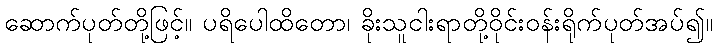
ဆောက်ပုတ်တို့ဖြင့်။ ပရိပေါထိတော၊ ခိုးသူငါးရာတို့ဝိုင်းဝန်းရိုက်ပုတ်အပ်၍။